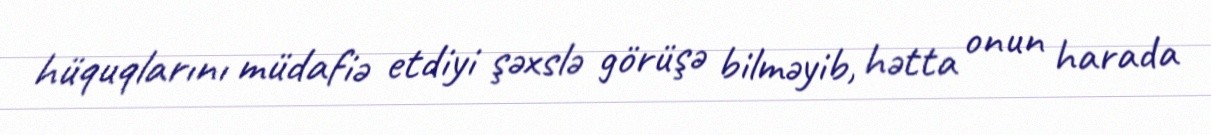
hüquqlarını müdafiə etdiyi şəxslə görüşə bilməyib, hətta onun harada